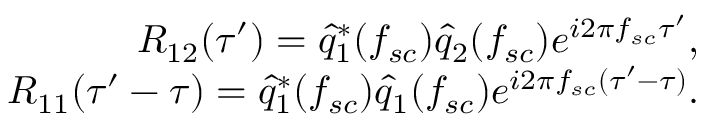
\begin{array} { r } { R _ { 1 2 } ( \tau ^ { \prime } ) = \hat { q } _ { 1 } ^ { * } ( f _ { s c } ) \hat { q } _ { 2 } ( f _ { s c } ) e ^ { i 2 \pi f _ { s c } \tau ^ { \prime } } , } \\ { R _ { 1 1 } ( \tau ^ { \prime } - \tau ) = \hat { q } _ { 1 } ^ { * } ( f _ { s c } ) \hat { q } _ { 1 } ( f _ { s c } ) e ^ { i 2 \pi f _ { s c } ( \tau ^ { \prime } - \tau ) } . } \end{array}